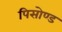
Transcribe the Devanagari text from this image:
पिसोण्ड